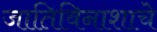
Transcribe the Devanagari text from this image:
जातिविनाशाचे